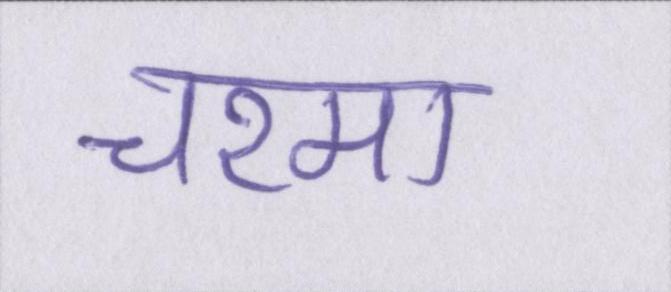
चश्मा